Lunatic asylums Central Provinces reports 1886-1894 - 1886-1894
Year: 1886
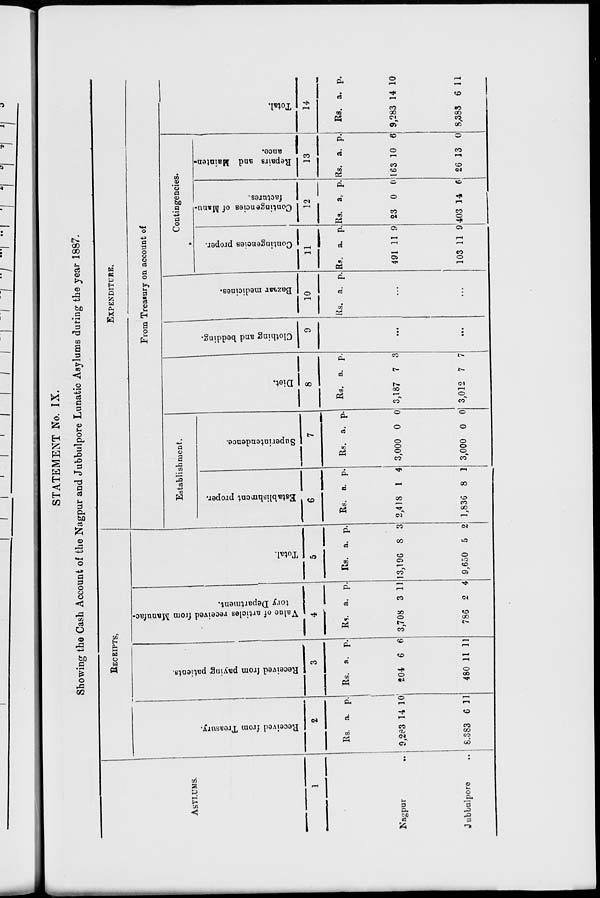
STATEMENT No. IX.
Showing the Cash Account of the Nagpur and Jubbulpore Lunatic Asylums during the year 1887.
ASYLUMS.
1
Nagpur ...
Jubbulpore ...
RECEIPTS.
Received from Treasury.
2
Rs.
9,283
8,383
a.
14
6
p.
10
11
Received from paying patients.
3
Rs.
204
480
a.
6
11
p.
6
11
Value of articles received from Manufac-
tory Department.
4
Rs.
3,708
786
a.
3
2
p.
11
4
Total
5
Rs.
13,196
9,650
a.
8
5
p.
3
2
EXPENDITURE.
From Treasury on account of
Establishment.
Establishment proper.
6
Rs.
2,418
1,836
a.
1
8
p.
4
1
Superintendence.
7
Rs.
3,000
3,000
a.
0
0
p.
0
0
Diet.
8
Rs.
3,187
3,012
a.
7
7
p.
3
7
Clothing and bedding.
9
...
...
Bazaar medicines.
10
Rs. a. p.
...
...
Contingencies.
Contingencies proper.
11
Rs.
491
103
a.
11
11
p.
9
9
Contingencies of Manu-
factures.
12
Rs.
23
403
a.
0
14
p.
0
6
Repairs and Mainten-
ance.
13
Rs.
163
26
a.
10
13
p.
6
0
Total.
14
Rs.
9,283
8,383
a.
14
6
p.
10
11